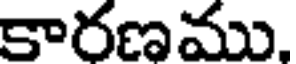
కారణము.